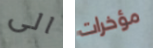
الى مؤخرات